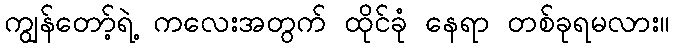
ကျွန်တော့်ရဲ့ ကလေးအတွက် ထိုင်ခုံ နေရာ တစ်ခုရမလား။